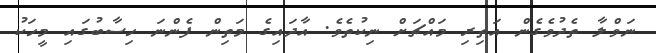
ނަވްލާ ތެދުވެގެން އަތިރި މައްޗަށް ނިކުތެވެ. އާދައިގެ މަތިން ފެންނަ ހިސާބުގައި މީހަކު